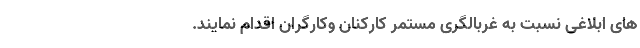
های ابلاغی نسبت به غربالگری مستمر کارکنان و‌کارگران اقدام نمایند.